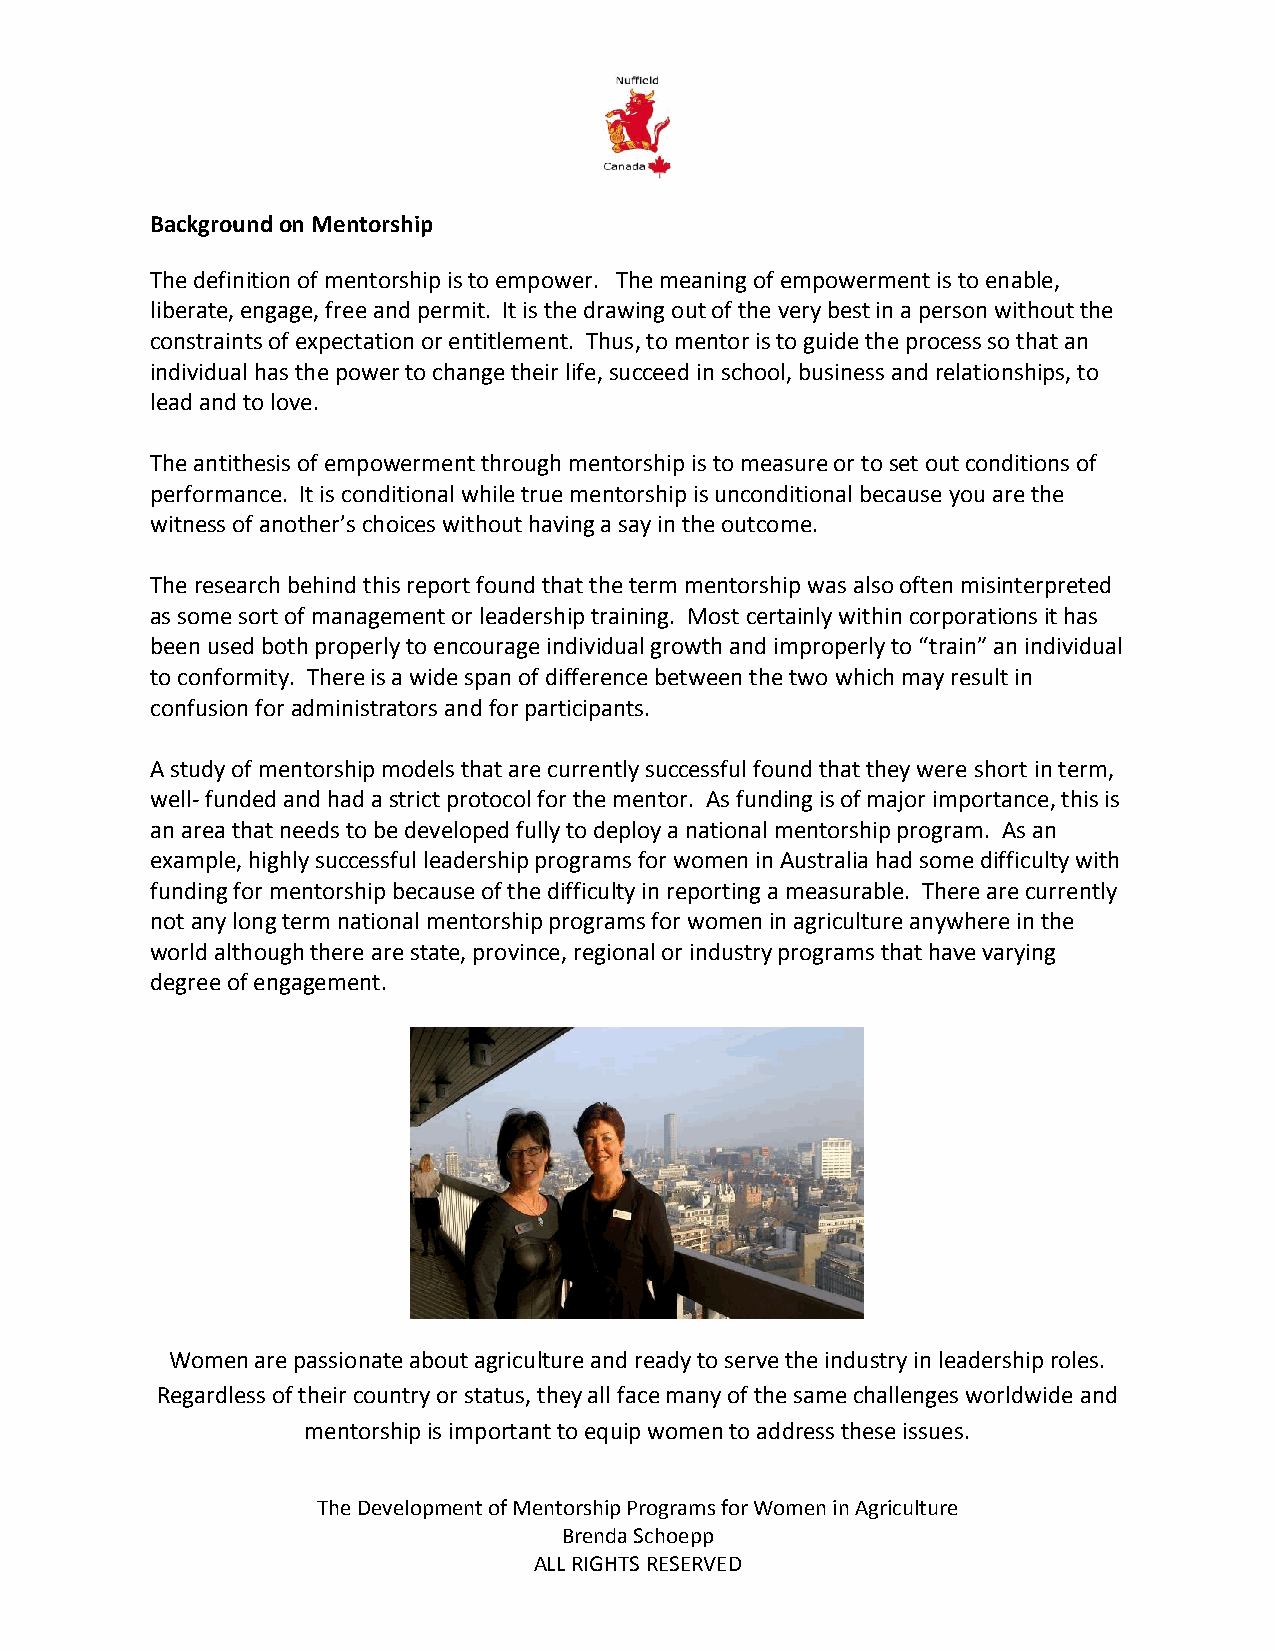
Background on Mentorship
 The definition of mentorship is to empower. The meaning of empowerment is to enable,
 liberate, engage, free and permit. It is the drawing out of the very best in a person without the
 constraints of expectation or entitlement. Thus, to mentor is to guide the process so that an
 individual has the power to change their life, succeed in school, business and relationships, to
 lead and to love.
 The antithesis of empowerment through mentorship is to measure or to set out conditions of
 performance. It is conditional while true mentorship is unconditional because you are the
 witness of another’s choices without having a say in the outcome.
 The research behind this report found that the term mentorship was also often misinterpreted
 as some sort of management or leadership training. Most certainly within corporations it has
 been used both properly to encourage individual growth and improperly to “train” an individual
 to conformity. There is a wide span of difference between the two which may result in
 confusion for administrators and for participants.
 A study of mentorship models that are currently successful found that they were short in term,
 well- funded and had a strict protocol for the mentor. As funding is of major importance, this is
 an area that needs to be developed fully to deploy a national mentorship program. As an
 example, highly successful leadership programs for women in Australia had some difficulty with
 funding for mentorship because of the difficulty in reporting a measurable. There are currently
 not any long term national mentorship programs for women in agriculture anywhere in the
 world although there are state, province, regional or industry programs that have varying
 degree of engagement.
 Women are passionate about agriculture and ready to serve the industry in leadership roles.
 Regardless of their country or status, they all face many of the same challenges worldwide and
 mentorship is important to equip women to address these issues.
 The Development of Mentorship Programs for Women in Agriculture
 Brenda Schoepp
 ALL RIGHTS RESERVED